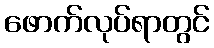
ဖောက်လုပ်ရာတွင်